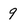
Character: 9